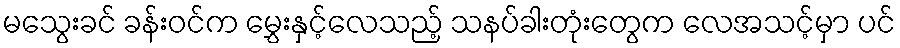
မသွေးခင် ခန်းဝင်က မွှေးနှင့်လေသည့် သနပ်ခါးတုံးတွေက လေအသင့်မှာ ပင်